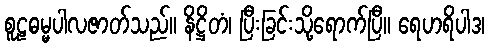
စူဠဓမ္မပါလဇာတ်သည်။ နိဋ္ဌိတံ၊ ပြီးခြင်းသို့ရောက်ပြီ။ ရေဟရိပါဒ၊